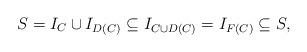
LaTeX: \begin{align*}S=I_C\cup I_{D(C)}\subseteq I_{C\cup D(C)}=I_{F(C)}\subseteq S,\end{align*}